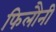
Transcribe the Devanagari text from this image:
फिलौनी